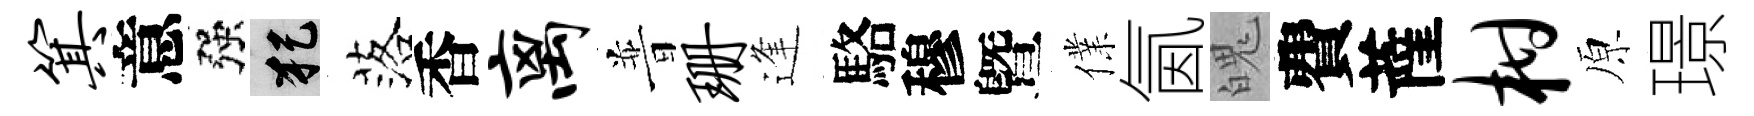
箕意强犯落香离普珊逢駱穆曁㒒氤魄費薩柑原璟